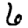
Digit: 6